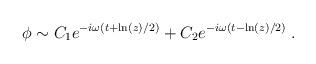
LaTeX: \begin{align*}\phi \sim C_{1}e^{-i\omega (t+\ln (z)/2)}+C_{2}e^{-i\omega (t-\ln (z)/2)}\;.\end{align*}